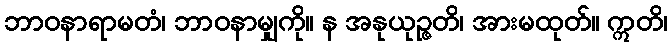
ဘာဝနာရာမတံ၊ ဘာဝနာမျှကို။ န အနုယုဉ္ဇတိ၊ အားမထုတ်။ ဣတိ၊